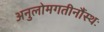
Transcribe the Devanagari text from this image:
अनुलोमगतीनौंस्थः